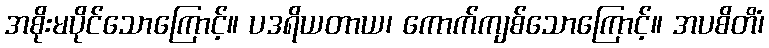
အစိုးမပိုင်သောကြောင့်။ ပဒရိယတာယ၊ ကောက်ကျစ်သောကြောင့်။ အပစိတိံ၊